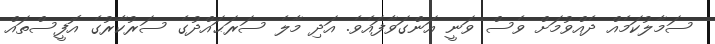
ސަމާލުކަމެއް ދެއްވުމަށް ވެސް ވަނީ އަންގަވާފައެވެ. އަދި މާލެ ސަރަޙައްދުގެ ސަރުކާރުގެ އޮފީސްތައް